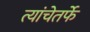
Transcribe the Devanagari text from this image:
त्यांचेतर्फे